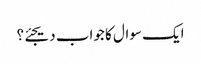
ایک سوال کا جواب دیجئے؟